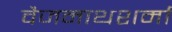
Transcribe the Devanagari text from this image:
वैजनाथशर्मा